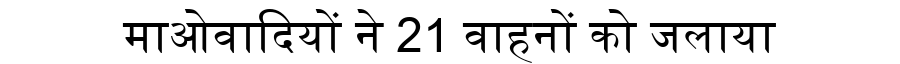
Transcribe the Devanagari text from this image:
माओवादियों ने 21 वाहनों को जलाया